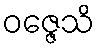
ဝဇ္ဇေသိ